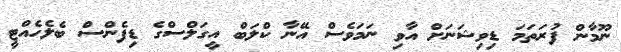
ނޫމާން ފުރަތަމަ ޑިވިޝަނަށް އާވި ނަމަވެސް އޭނާ ކްލަބް އީގަލްސްގެ ޑިފެންސް ބެލެހެއްޓީ